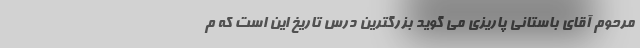
مرحوم آقای باستانی پاریزی می گوید بزرگترین درس تاریخ این است که م